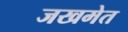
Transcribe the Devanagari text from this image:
जखमेत